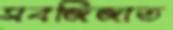
সবজিজাত